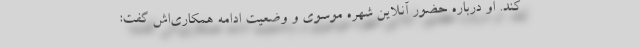
کند. او درباره حضور آنلاین شهره موسوی و وضعیت ادامه همکاری‌اش گفت: